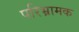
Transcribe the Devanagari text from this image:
परिभ्रामक